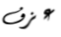
عزف